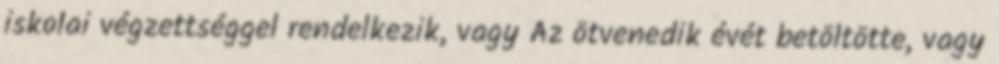
iskolai végzettséggel rendelkezik, vagy Az ötvenedik évét betöltötte, vagy